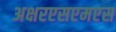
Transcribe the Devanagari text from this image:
अक्षरएसएमएस